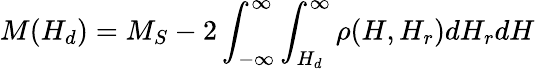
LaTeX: M(H_{d})=M_{S}-2\int_{-\infty}^{\infty}\int_{H_{d}}^{\infty}\rho(H,H_{r})dH_{r}dH